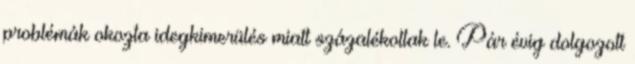
problémák okozta idegkimerülés miatt százalékoltak le. Pár évig dolgozott